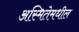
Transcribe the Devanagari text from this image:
अस्मितेमधील